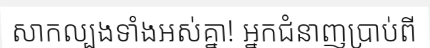
សាកល្បងទាំងអស់គ្នា! អ្នកជំនាញប្រាប់ពី